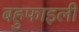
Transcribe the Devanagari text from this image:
बहुफाइली